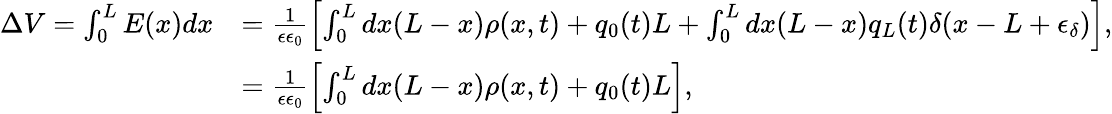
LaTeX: \begin{array}{rl}{\Delta V=\int_{0}^{L}E(x)dx}&{=\frac{1}{\epsilon\epsilon_{0}}\left[\int_{0}^{L}dx(L-x)\rho(x,t)+q_{0}(t)L+\int_{0}^{L}dx(L-x)q_{L}(t)\delta(x-L+\epsilon_{\delta})\right],}\\ &{=\frac{1}{\epsilon\epsilon_{0}}\left[\int_{0}^{L}dx(L-x)\rho(x,t)+q_{0}(t)L\right],}\end{array}